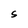
Character: S